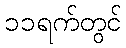
၁၁ရက်တွင်